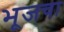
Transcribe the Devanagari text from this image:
भूजचा